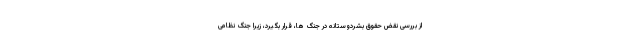
از بررسی نقض حقوق بشردوستانه در جنگ ها، قرار بگیرد، زیرا جنگ نظامی